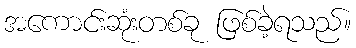
အကောင်းဆုံးတစ်ခု ဖြစ်ခဲ့ရသည်။